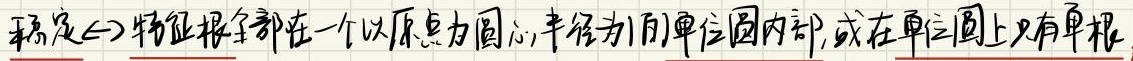
稳定$\Leftrightarrow$特征根全都在一个以原点为圆心,半径为1的单位圆内部,或在单位圆上只有单根